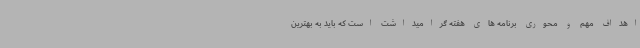
اهداف مهم و محوری برنامه های هفته گرامیداشت است که باید به بهترین